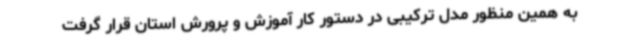
به همین منظور مدل ترکیبی در دستور کار آموزش و پرورش استان قرار گرفت